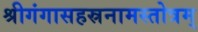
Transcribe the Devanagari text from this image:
श्रीगंगासहस्रनामस्तोत्रम्